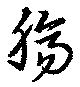
腸